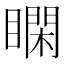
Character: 𥊺